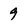
Character: 9